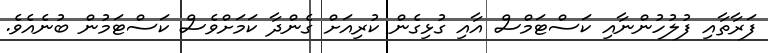
ފަރާތާއި ފުލުހުންނާއި ކަސްޓަމްސް އާއި ގުޅިގެން ކުރިއަށް ގެންދާ ކަމަށްވެސް ކަސްޓަމުން ބުނެއެވެ.